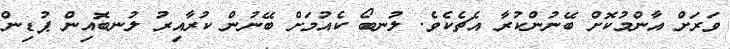
ވަރަށް އާންމުކޮށް ބޭނުންކުރާ އެޗެކެވެ. ލުނބޯ ކެއުމަށް ބޭނުން ކުރާއިރު ލުނބޮއިން ޕުޑިން